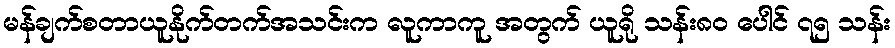
မန်ချက်စတာယူနိုက်တက်အသင်းက လူကာကူ အတွက် ယူရို သန်း၈၀ ပေါင် ၇၅ သန်း